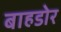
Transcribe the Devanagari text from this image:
बाहडोर